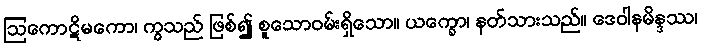
ဩကောဋိမကော၊ ကွသည် ဖြစ်၍ စူသောဝမ်းရှိသော။ ယက္ခော၊ နတ်သားသည်။ ဒေဝါနမိန္ဒဿ၊